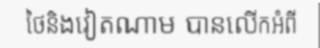
ថៃនិងវៀតណាម បានលើកអំពី